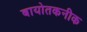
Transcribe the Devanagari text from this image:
बायोतकनीक